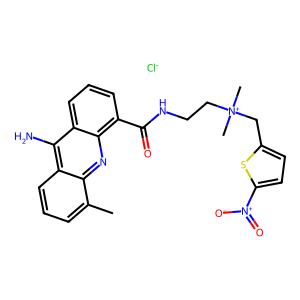
SMILES: Cc1cccc2c(N)c3cccc(C(=O)NCC[N+](C)(C)Cc4ccc([N+](=O)[O-])s4)c3nc12.[Cl-]
Inhibits HIV replication: No